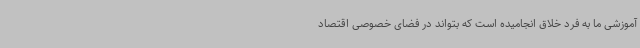
آموزشی ما به فرد خلاق انجامیده است که بتواند در فضای خصوصی اقتصاد